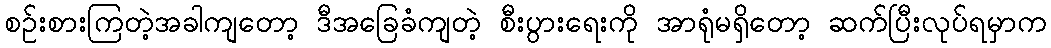
စဉ်းစားကြတဲ့အခါကျတော့ ဒီအခြေခံကျတဲ့ စီးပွားရေးကို အာရုံမရှိတော့ ဆက်ပြီးလုပ်ရမှာက